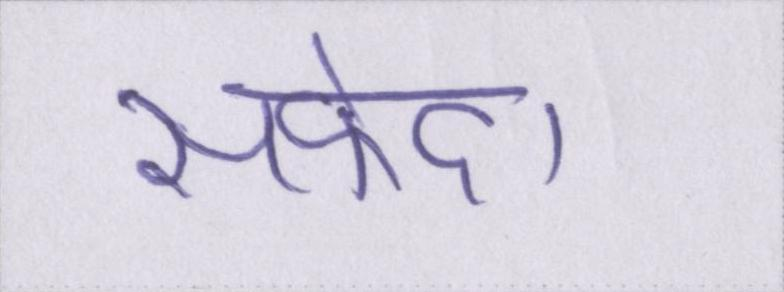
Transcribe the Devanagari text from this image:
सफेद।